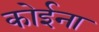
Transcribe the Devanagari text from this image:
कोईना